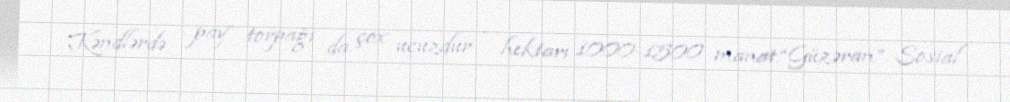
Kəndlərdə pay torpağı da çox ucuzdur - hektarı 1000-1500 manat.“Güzəran” Sosial